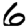
Digit: 6